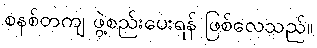
စနစ်တကျ ဖွဲ့စည်းပေးရန် ဖြစ်လေသည်။